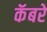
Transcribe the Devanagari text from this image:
कॅबरे